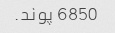
6850 پوند.